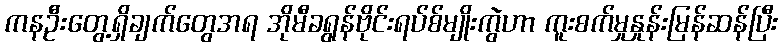
ကနဦးတွေ့ရှိချက်တွေအရ အိုမီခရွန်ဗိုင်းရပ်စ်မျိုးကွဲဟာ ကူးစက်မှုနှုန်းမြန်ဆန်ပြီး